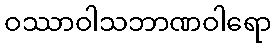
ဝဿာဝါသဘာဏဝါရော